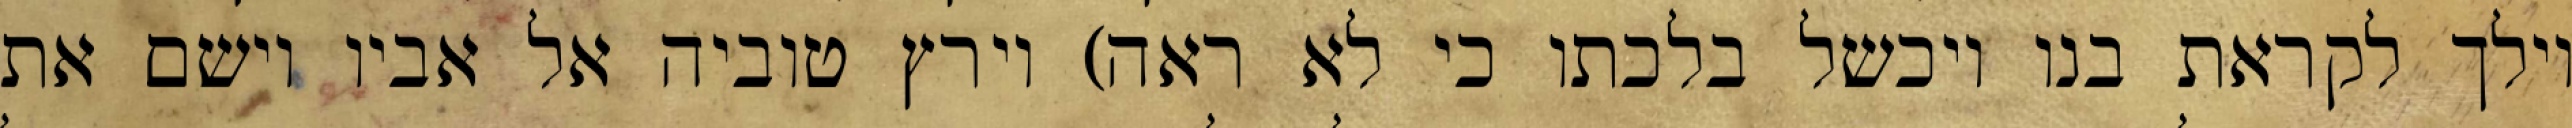
וילך לקראת בנו ויכשל בלכתו כי לא ראה) וירץ טוביה אל אביו וישם את